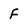
Character: F